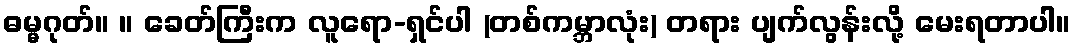
ဓမ္မဂုတ်။ ။ ခေတ်ကြီးက လူရော-ရှင်ပါ (တစ်ကမ္ဘာလုံး) တရား ပျက်လွန်းလို့ မေးရတာပါ။